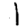
Digit: 1